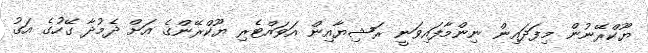
ޔޫކްރޭނުން މިފަދައިން ނިންމާފައިވަނީ ރަޝިޔާއިން އަވައްޓެރި ޔޫކްރޭންގެ އަށް ދެމުދާ ގޭހުގެ އަގު